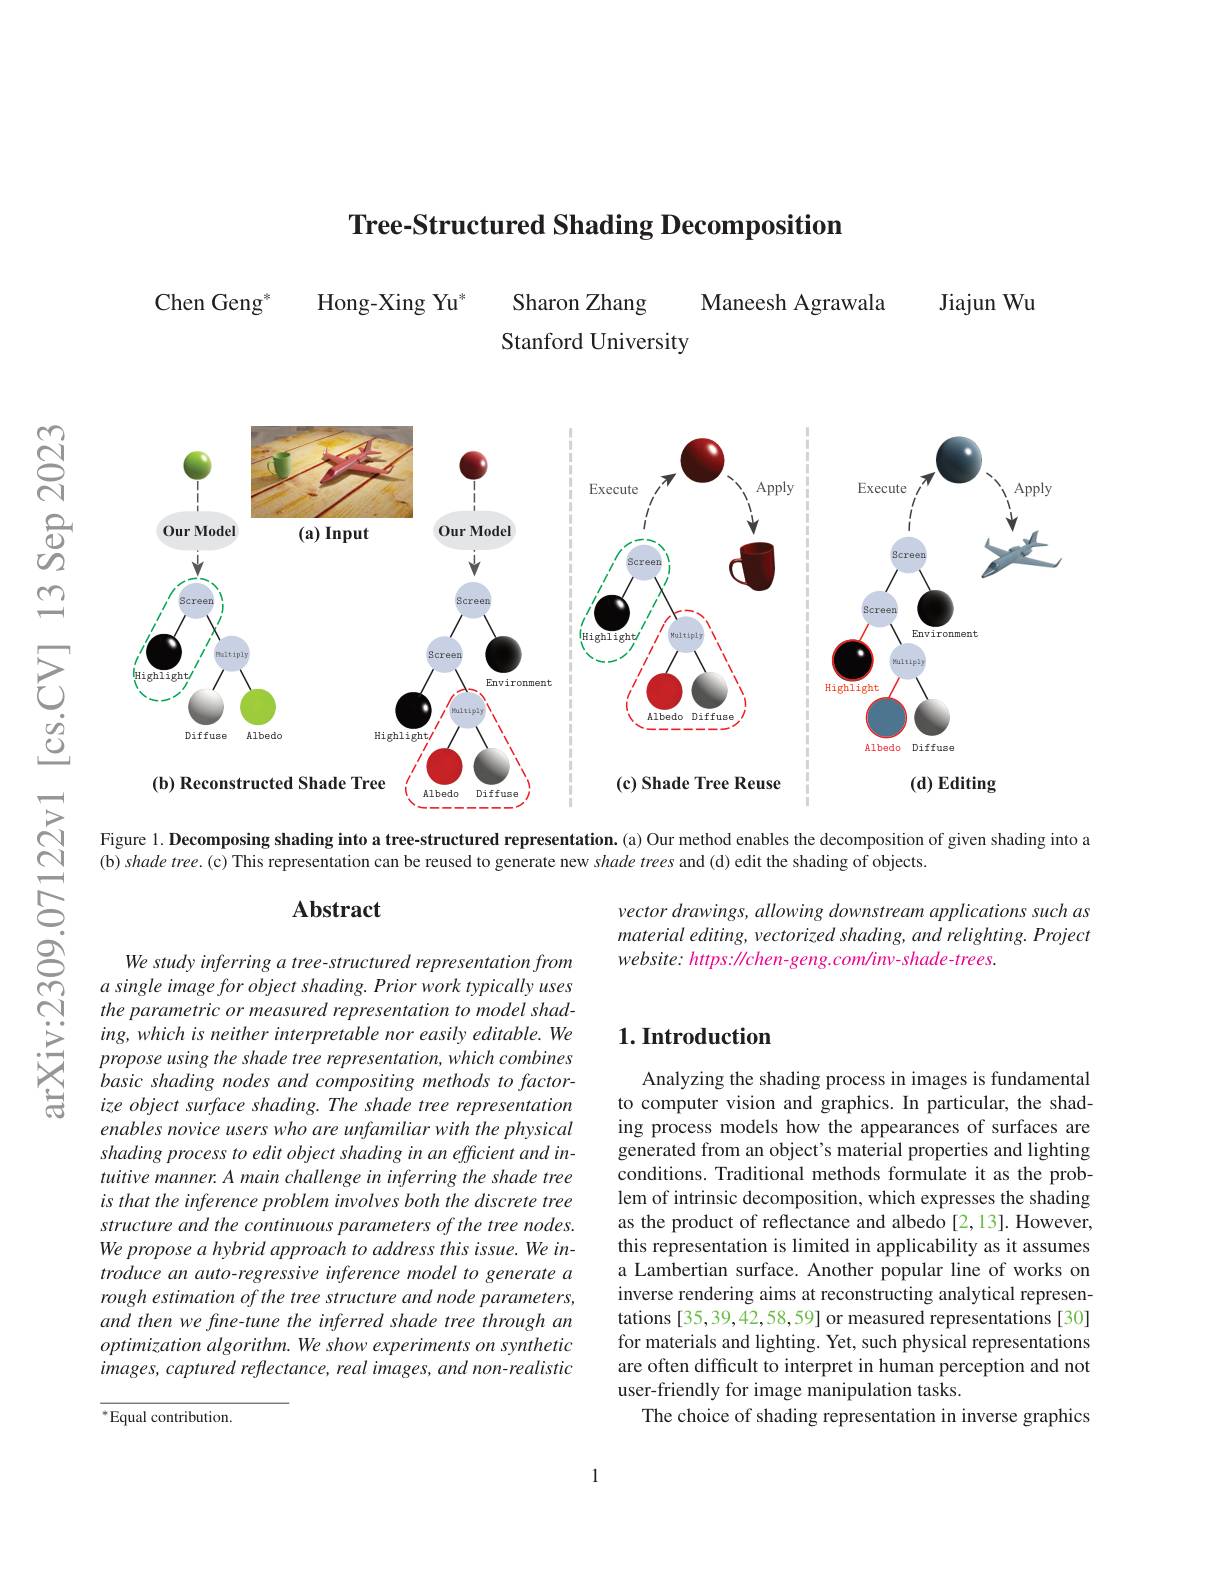
Tree-Structured Shading Decomposition

Chen Geng$^{*}$

Jiajun Wu

Sharon Zhang
$\mathrm{Hong-Xing~Yu}^{*}$
Maneesh Agrawala
Stanford University

<FigureHere>

Figure 1. Decomposing shading into a tree-structured representation.(a) Our method enables the decomposition of given shading into a

(b) shade tree.(c) This representation can be reused to generate new $shade\textit{trees and ( d) edit the shading of objects. }$

### $\mathbf{Abstract}$

vector drawings, allowing downstream applications such as material editing, vectorized shading, and relighting. Project website: https: / chen- geng. com/ inv- shade- trees.

## $1. \textbf{Introduction}$

We study inferring a tree- structured representation from $a$ single image for object shading. Prior work typically uses the parametric or measured representation to model shading, which is neither interpretable nor easily editable. We propose using the shade tree representation, which combines basic shading nodes and compositing methods to factorize object surface shading. The shade tree representation enables novice users who are unfamiliar with the physical shading process to edit object shading in an efficient and intuitive manner. A main challenge in inferring the shade tree is that the inference problem involves both the discrete tree structure and the continuous parameters of the tree nodes. We propose a hybrid approach to address this issue. We introduce an auto-regressive inference model to generate a rough estimation of the tree structure and node parameters, and then we fine- tune the inferred shade tree through an optimization algorithm. We show experiments on synthetic $images,captured$ reflectance, real images, and non-realistic

Analyzing the shading process in images is fundamental to computer vision and graphics. In particular, the shading process models how the appearances of surfaces are generated from an object's material properties and lighting conditions. Traditional methods formulate it as the problem of intrinsic decomposition, which expresses the shading as the product of reflectance and albedo [2,13]. However, this representation is limited in applicability as it assumes a Lambertian surface. Another popular line of works on inverse rendering aims at reconstructing analytical representations [35,39,42,58,59] or measured representations [30] for materials and lighting. Yet, such physical representations are often difficult to interpret in human perception and not user-friendly for image manipulation tasks.
The choice of shading representation in inverse graphics

$^{*}$Equal contribution.